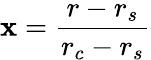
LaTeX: \mathbf{x}=\frac{{r-r_{s}}}{{r_{c}-r_{s}}}